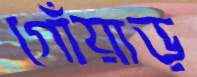
গোঁয়াড়